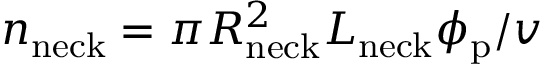
n _ { \mathrm { n e c k } } = \pi R _ { \mathrm { n e c k } } ^ { 2 } L _ { \mathrm { n e c k } } \phi _ { \mathrm { p } } / v